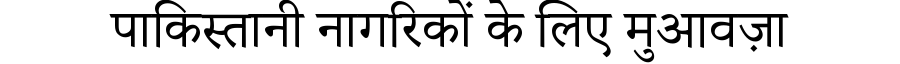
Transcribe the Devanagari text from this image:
पाकिस्तानी नागरिकों के लिए मुआवज़ा